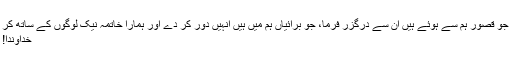
جو قصور ہم سے ہوئے ہیں ان سے درگزر فرما، جو برائیاں ہم میں ہیں انہیں دور کر دے اور ہمارا خاتمہ نیک لوگوں کے ساتھ کر
خداوندا!